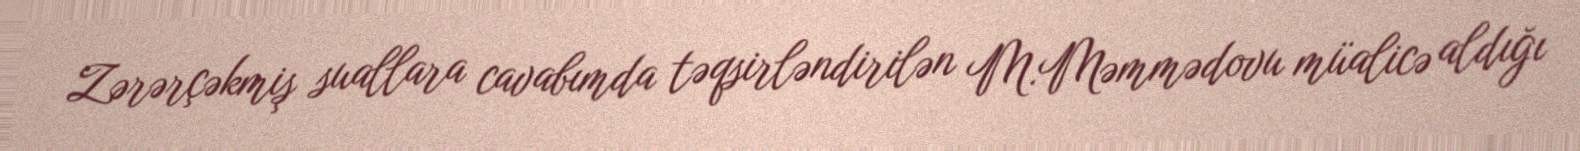
Zərərçəkmiş suallara cavabımda təqsirləndirilən M.Məmmədovu müalicə aldığı